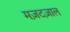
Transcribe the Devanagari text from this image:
मज़टज़ाल